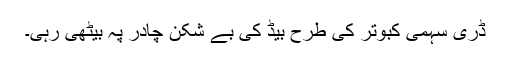
ڈری سہمی کبوتر کی طرح بیڈ کی بے شکن چادر پہ بیٹھی رہی۔